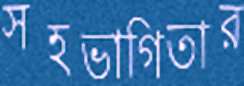
সহভাগিতার